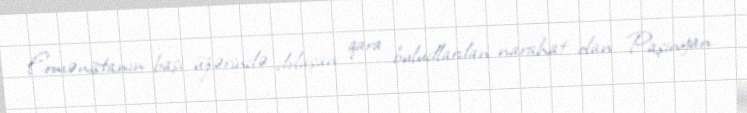
Ermənistanın başı üzərində dolaşan qara buludlardan narahat olan Paşinyan